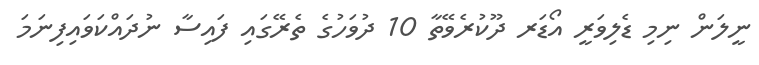
ނީލަން ނިމި ޑެލިވަރީ އޯޑަރ ދޫކުރެވޭތާ 10 ދުވަހުގެ ތެރޭގައި ފައިސާ ނުދައްކަވައިފިނަމަ